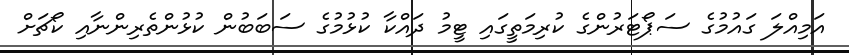
އަމިއްލަ ގައުމުގެ ސަޕޯޓަރުންގެ ކުރިމަތީގައި ޓީމު ދައްކާ ކުޅުމުގެ ސަބަބުން ކުޅުންތެރިންނާއި ކޯޗަށް